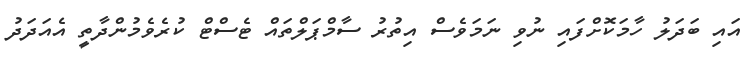
އައި ބަދަލު ހާމަކޮށްފައި ނުވި ނަމަވެސް އިތުރު ސާމްޕަލްތައް ޓެސްޓް ކުރެވެމުންދާތީ އެއަދަދު